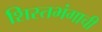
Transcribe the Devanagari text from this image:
शिस्तभंगाची